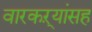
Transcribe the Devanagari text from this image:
वारकऱ्यांसह